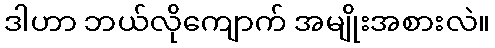
ဒါဟာ ဘယ်လိုကျောက် အမျိုးအစားလဲ။